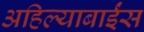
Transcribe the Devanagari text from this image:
अहिल्याबाईंस